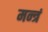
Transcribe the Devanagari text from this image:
मन्‍त्रं